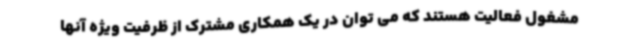
مشغول فعالیت هستند که می توان در یک همکاری مشترک از ظرفیت ویژه آنها